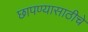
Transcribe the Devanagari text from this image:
छापण्यासाठीचे